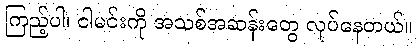
ကြည့်ပါ၊ ငါမင်းကို အသစ်အဆန်းတွေ လုပ်နေတယ်။